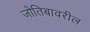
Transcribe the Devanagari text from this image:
जोतिबावरील